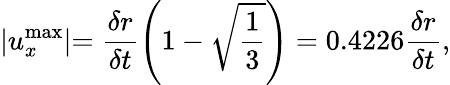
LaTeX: \lvert u_{x}^{\mathrm{max}}\lvert=\frac{\delta r}{\delta t}\left(1-\sqrt{\frac{1}{3}}\right)=0.4226\frac{\delta r}{\delta t},